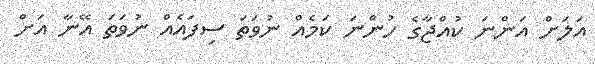
އަލަށް އަންނަ ކުއްޖާގެ ހުންނަ ކަމެއް ނުވަތަ ސިފައެއް ނުވަތަ އޭނާ އަށް